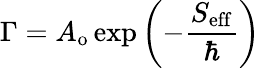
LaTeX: \Gamma=A_{\mathrm{o}}\exp\left(-{\frac{S_{\mathrm{eff}}}{\hbar}}\right)